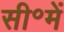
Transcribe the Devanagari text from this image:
सी॰में